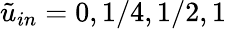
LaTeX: \tilde{u}_{in}=0,1/4,1/2,1